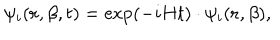
LaTeX: \psi _ { i } ( { \bf r } , \beta , t ) = \exp ( - i H t ) \cdot \psi _ { i } ( { \bf r } , \beta ) ,